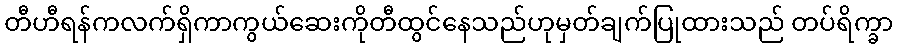
တီဟီရန်ကလက်ရှိကာကွယ်ဆေးကိုတီထွင်နေသည်ဟုမှတ်ချက်ပြုထားသည် တပ်ရိက္ခာ